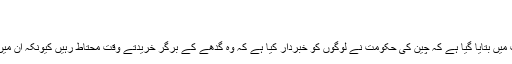
پکوان Archives - URDU WEBSITE
گدھے کے برگر اور پاک چائنہ تعلقات
نئے سال کے موقع پر چین سے آنے والی ایک نئی رپورٹ میں بتایا گیا ہے کہ چین کی حکومت نے لوگوں کو خبردار کیا ہے کہ وہ گدھے کے برگر خریدتے وقت محتاط رہیں کیونکہ ان میں گدھے کی بجائے گھوڑے یا خچر کا گوشت ہو سکتا ہے۔